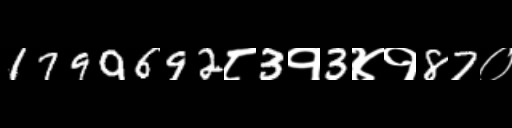
Text: 1799692८3१3४१87०